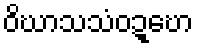
ဝိဃာသသံဝဍ္ဎော